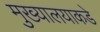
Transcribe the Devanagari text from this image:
मुख्यालयाकडे